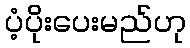
ပံ့ပိုးပေးမည်ဟု